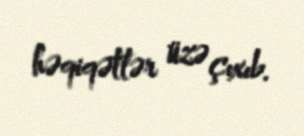
həqiqətlər üzə çıxıb.